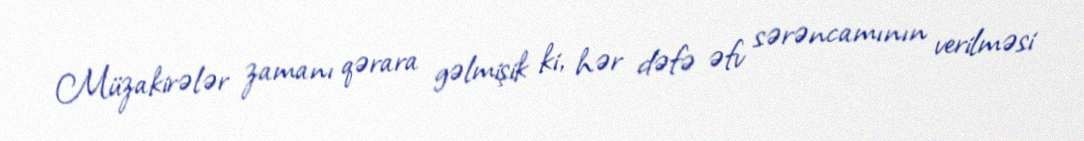
Müzakirələr zamanı qərara gəlmişik ki, hər dəfə əfv sərəncamının verilməsi